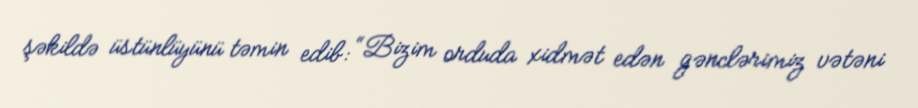
şəkildə üstünlüyünü təmin edib: “Bizim orduda xidmət edən gənclərimiz vətəni